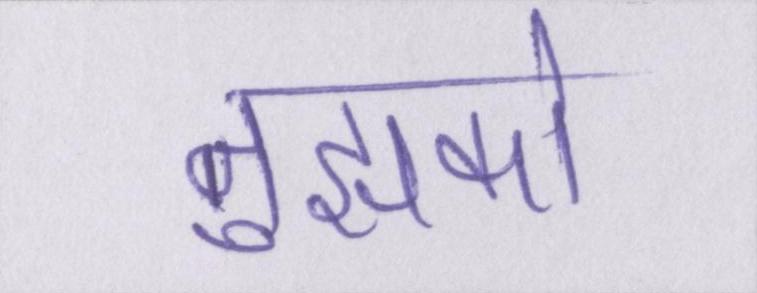
तुझको